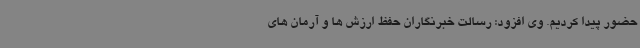
حضور پیدا کردیم. وی افزود: رسالت خبرنگاران حفظ ارزش ها و آرمان های